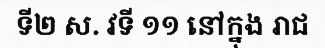
ទី២ ស. វទី ១១ នៅក្នុង រាជ